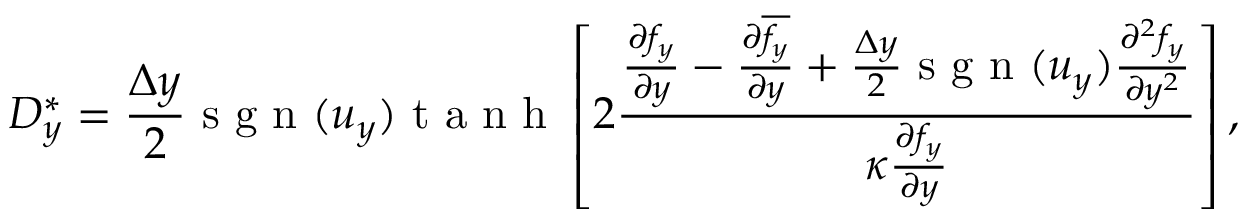
D _ { y } ^ { \ast } = \frac { \Delta y } { 2 } \mathrm { ~ s ~ g ~ n ~ } ( u _ { y } ) \mathrm { ~ t ~ a ~ n ~ h ~ } \left[ 2 \frac { \frac { \partial f _ { y } } { \partial y } - \frac { \partial \overline { { f _ { y } } } } { \partial y } + \frac { \Delta y } { 2 } \mathrm { ~ s ~ g ~ n ~ } ( u _ { y } ) \frac { \partial ^ { 2 } f _ { y } } { \partial y ^ { 2 } } } { \kappa \frac { \partial { f _ { y } } } { \partial y } } \right] ,